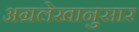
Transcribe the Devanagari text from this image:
अग्रलेखानुसार